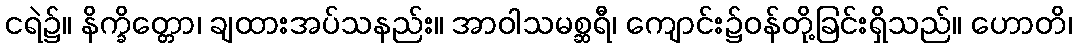
ငရဲ၌။ နိက္ခိတ္တော၊ ချထားအပ်သနည်း။ အာဝါသမစ္ဆရီ၊ ကျောင်း၌ဝန်တို့ခြင်းရှိသည်။ ဟောတိ၊